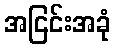
အငြင်းအခုံ